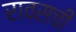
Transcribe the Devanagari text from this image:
रावसची